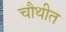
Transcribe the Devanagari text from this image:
चौथीत